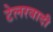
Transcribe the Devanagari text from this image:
टेलरवादी